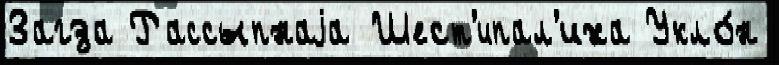
Загза Рассыпнаjа Шест'ипал'иха Укло́н